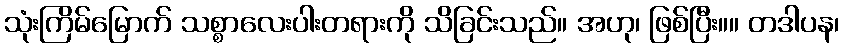
သုံးကြိမ်မြောက် သစ္စာလေးပါးတရားကို သိခြင်းသည်။ အဟု၊ ဖြစ်ပြီး။။ တဒါပန၊